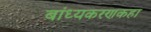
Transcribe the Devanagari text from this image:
बांध्यकरणकहा